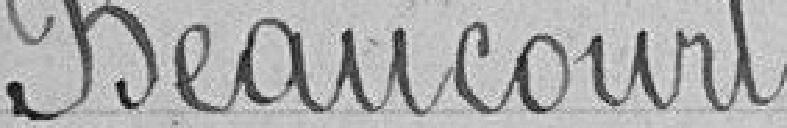
Beaucourt